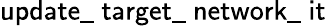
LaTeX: \textsf{update\_ target\_ network\_ it}